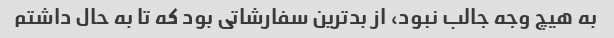
به هیچ وجه جالب نبود، از بدترین سفارشاتی بود که تا به حال داشتم